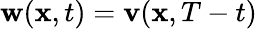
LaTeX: \mathbf{w}(\mathbf{x},t)=\mathbf{v}(\mathbf{x},T-t)